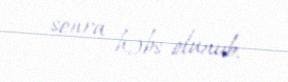
sonra həbs olunub.